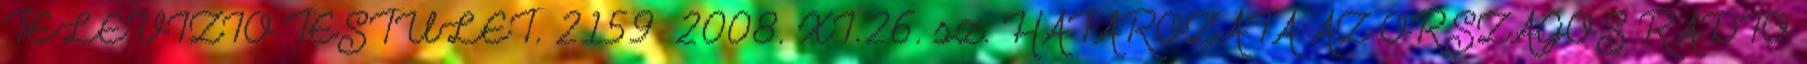
TELEVÍZIÓ TESTÜLET. 2159 2008. XI.26. sz. HATÁROZATA AZ ORSZÁGOS RÁDIÓ